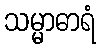
သမ္မာဓာရံ